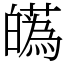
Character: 𤾸